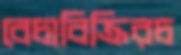
বেচাবিক্রিরচ